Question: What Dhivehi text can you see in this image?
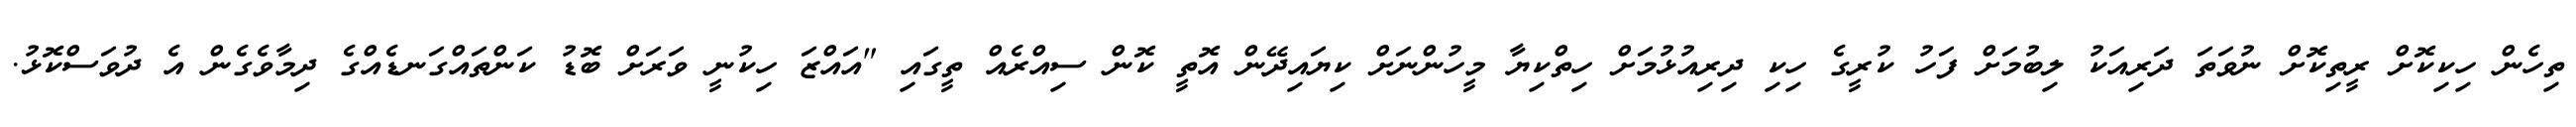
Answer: ތިހެން ހިކިކޮށް ރީތިކޮށް ނުވަތަ ދަރިއަކު ލިބުމަށް ފަހު ކުރީގެ ހިކި ދިރިއުޅުމަށް ހިތްކިޔާ މީހުންނަށް ކިޔައިދޭން އޮތީ ކޮން ސިއްރެއް ތީގައި "އައްޒަ ހިކުނީ ވަރަށް ބޮޑު ކަންތައްގަނޑެއްގެ ދިމާވެގެން އެ ދުވަސްކޮޅު.